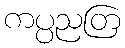
ကပ္ပညတြ